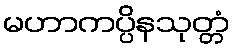
မဟာကပ္ပိနသုတ္တံ